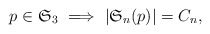
\begin{align*}p \in \mathfrak{S}_3 \ \Longrightarrow \ |\mathfrak{S}_n(p)| = C_n,\end{align*}